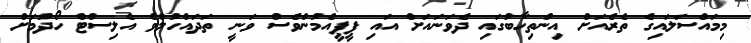
މިމައްސަލައިގެ ތެރެއަށް އިންތިހާބުގައި ދެވަނައަށް އައި ޕީޕީއެމުންވެސް ވަނީ ތަދައްހުލްވެ އެލިސްޓް ހޯދުމަށް